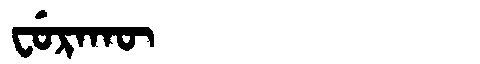
Manchu: ᠸᡠᡵᠠᡴᡡ
Romanization: FURAKŪ